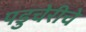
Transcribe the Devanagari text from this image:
पडुचेरीचे